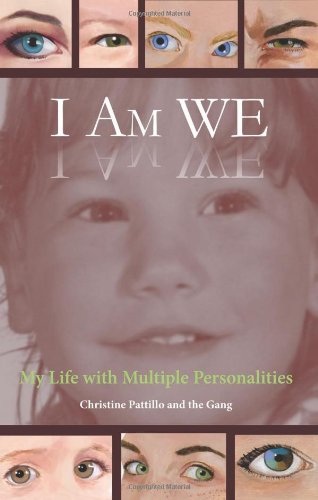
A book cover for I Am WE: My Life with Multiple Personalities; Christine Pattillo; Health, Fitness & Dieting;